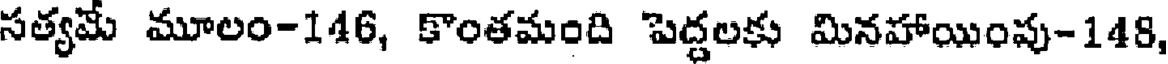
సత్యమే మూలం-146, కొంతమంది పెద్దలకు మినహాయింపు-148